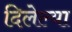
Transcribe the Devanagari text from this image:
दिलेल्‍या